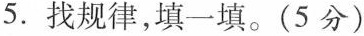
5.找规律，填一填。(5分)